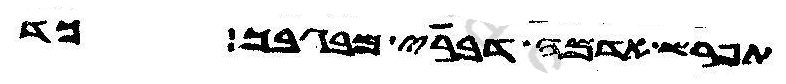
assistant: תפרש אדמה דברי מבגבך כד